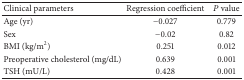
<table><thead><tr><td><b>Clinical parameters</b></td><td><b>Regression coefficient</b></td><td><b><i>P</i> value</b></td></tr></thead><tbody><tr><td>Age (yr)</td><td>−0.027</td><td>0.779</td></tr><tr><td>Sex</td><td>−0.02</td><td>0.82</td></tr><tr><td>BMI (kg/m<sup>2</sup>)</td><td>0.251</td><td>0.012</td></tr><tr><td>Preoperative cholesterol (mg/dL)</td><td>0.639</td><td>0.001</td></tr><tr><td>TSH (mU/L)</td><td>0.428</td><td>0.001</td></tr></tbody></table>